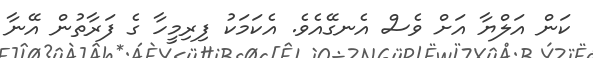
ކަން އަލްޔާ އަށް ވެސް އެނގޭއެވެ. އެކަމަކު ފިރިމީހާ ގެ ފަރާތުން އޭނާ